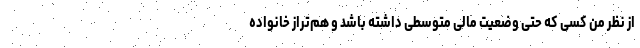
از نظر من کسی که حتی وضعیت مالی متوسطی داشته باشد و هم‌تراز خانواده